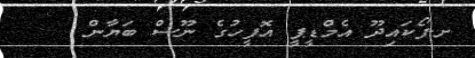
ށ.ފޯކައިދޫ އެމްޑީޕީ އޮފީހުގެ ނޫސް ބަޔާން